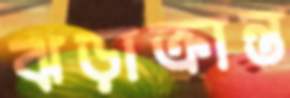
ঝড়াক্রান্ত